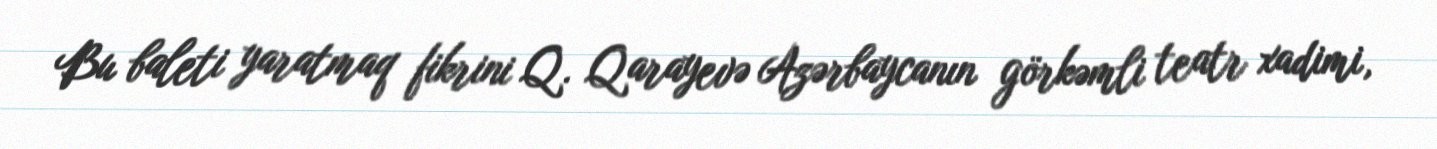
Bu baleti yaratmaq fikrini Q. Qarayevə Azərbaycanın görkəmli teatr xadimi,